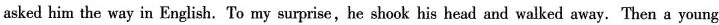
asked him the way in English. To my surprise,he shook his head and walked away. Then a young